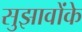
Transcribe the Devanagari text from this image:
सुझावोंके